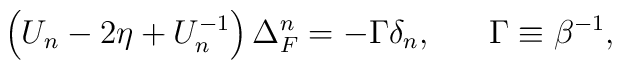
\left( U_n-2\eta +U_n^{-1}\right) \Delta _F^n=-\Gamma \delta_n,\;\;\;\;\;\;\Gamma \equiv \beta ^{-1},